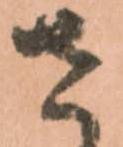
さ